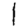
Digit: 1